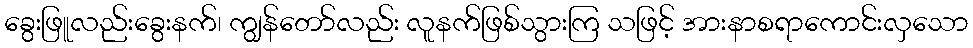
ခွေးဖြူလည်းခွေးနက်၊ ကျွန်တော်လည်း လူနက်ဖြစ်သွားကြ သဖြင့် အားနာစရာကောင်းလှသော